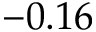
- 0 . 1 6